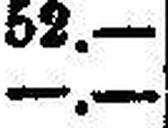
—.—